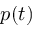
p ( t )